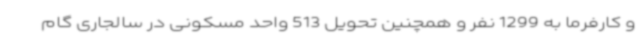
و کارفرما به 1299 نفر و همچنین تحویل 513 واحد مسکونی در سالجاری گام